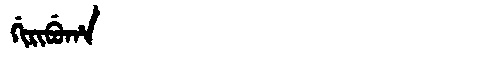
Manchu: ᡤᡳᡵᡳᠪᡠᡥᠠ
Romanization: GIRIBUHA